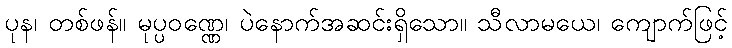
ပုန၊ တစ်ဖန်။ မုပ္ပဝဏ္ဏေ၊ ပဲနောက်အဆင်းရှိသော။ သီလာမယေ၊ ကျောက်ဖြင့်